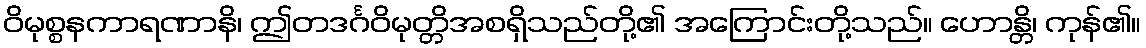
ဝိမုစ္စနကာရဏာနိ၊ ဤတဒင်္ဂဝိမုတ္တိအစရှိသည်တို့၏ အကြောင်းတို့သည်။ ဟောန္တိ၊ ကုန်၏။